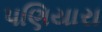
પણિયારા